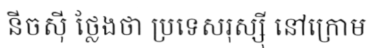
នីចស៊ី ថ្លែងថា ប្រទេសរុស្ស៊ី នៅក្រោម